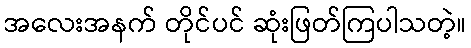
အလေးအနက် တိုင်ပင် ဆုံးဖြတ်ကြပါသတဲ့။